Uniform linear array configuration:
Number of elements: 8
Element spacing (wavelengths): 0.75
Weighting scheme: exponential
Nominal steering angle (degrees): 0
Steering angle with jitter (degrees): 1.688
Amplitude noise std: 0.05
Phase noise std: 0.05

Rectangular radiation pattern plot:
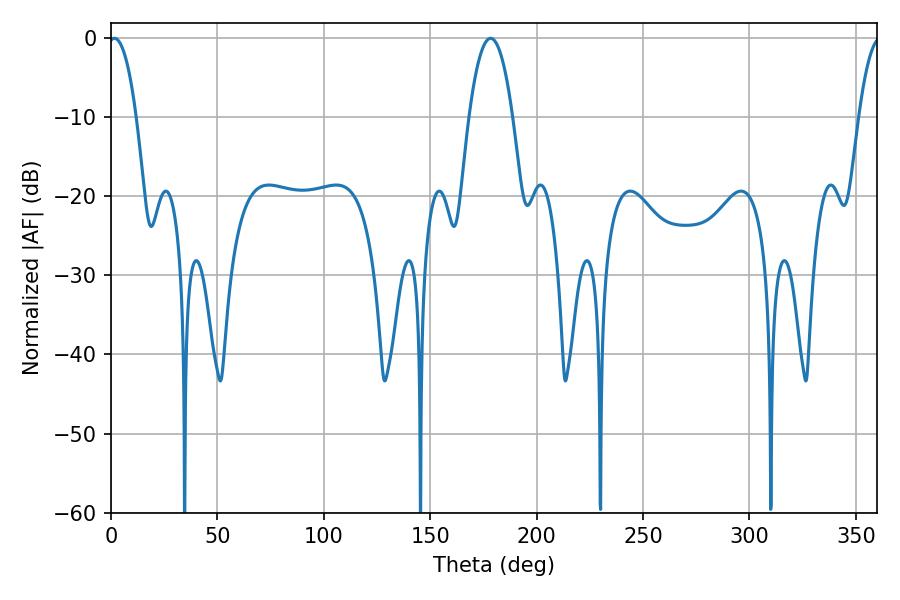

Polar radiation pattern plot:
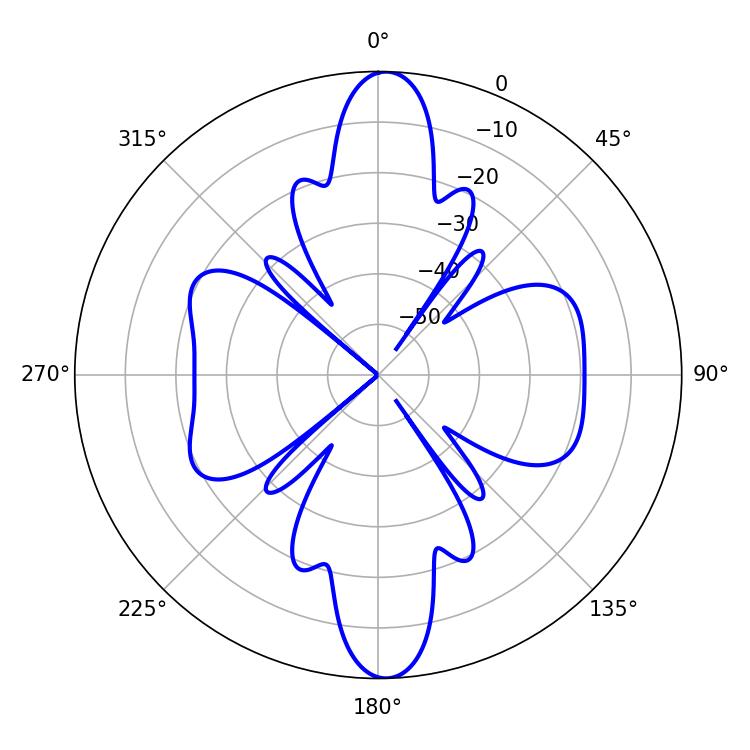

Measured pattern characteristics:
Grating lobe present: TRUE
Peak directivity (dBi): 21.251
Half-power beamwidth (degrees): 11.34
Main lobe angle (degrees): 178.38